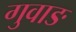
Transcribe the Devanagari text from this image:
गुवाङ